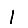
Digit: 1